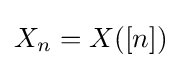
X_{n}=X([n])